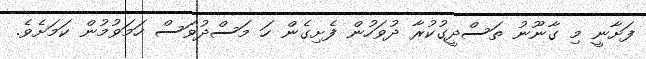
ފަށާނީ މި ގާނޫނު ތަސްދީގުކުރާ ދުވަހުން ފެށިގެން ހަ މަސްދުވަސް ހަމަވުމުން ކަމަށެވެ.